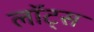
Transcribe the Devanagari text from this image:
लॉट्स